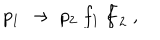
p _ { 1 } \; \to \; p _ { 2 } \; f _ { 1 } \; \bar { f } _ { 2 } \; ,